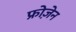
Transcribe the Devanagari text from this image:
फ्रोज़ेन